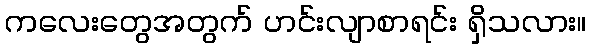
ကလေးတွေအတွက် ဟင်းလျာစာရင်း ရှိသလား။